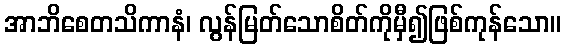
အာဘိစေတသိကာနံ၊ လွန်မြတ်သောစိတ်ကိုမှီ၍ဖြစ်ကုန်သော။